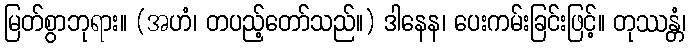
မြတ်စွာဘုရား။ (အဟံ၊ တပည့်တော်သည်။) ဒါနေန၊ ပေးကမ်းခြင်းဖြင့်။ တုဿန္တံ၊